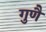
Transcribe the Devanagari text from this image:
गुणै